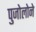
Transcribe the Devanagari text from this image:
पुजोलोने